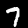
Label: 7